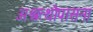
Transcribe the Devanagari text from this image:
अश्वत्थोपासना